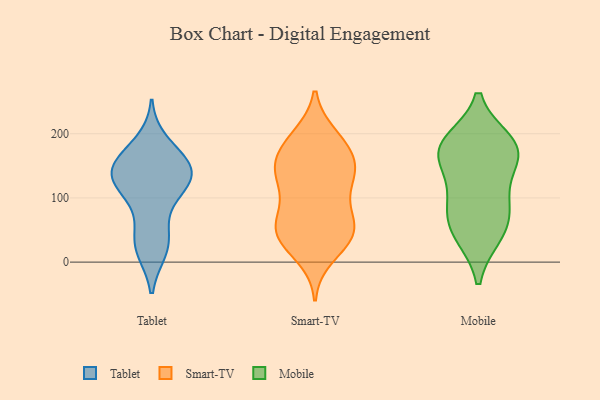
{"axis": {"x": "Humidity (%)", "y": "Value"}, "legend": ["Mobile", "Smart-TV", "Tablet"], "data": [{"x": "", "y": 20, "type": "Tablet"}, {"x": "", "y": 149, "type": "Tablet"}, {"x": "", "y": 54, "type": "Tablet"}, {"x": "", "y": 19, "type": "Tablet"}, {"x": "", "y": 186, "type": "Tablet"}, {"x": "", "y": 33, "type": "Tablet"}, {"x": "", "y": 114, "type": "Tablet"}, {"x": "", "y": 133, "type": "Tablet"}, {"x": "", "y": 147, "type": "Tablet"}, {"x": "", "y": 132, "type": "Tablet"}, {"x": "", "y": 103, "type": "Tablet"}, {"x": "", "y": 155, "type": "Tablet"}, {"x": "", "y": 121, "type": "Tablet"}, {"x": "", "y": 166, "type": "Tablet"}, {"x": "", "y": 139, "type": "Tablet"}, {"x": "", "y": 189, "type": "Smart-TV"}, {"x": "", "y": 187, "type": "Smart-TV"}, {"x": "", "y": 196, "type": "Smart-TV"}, {"x": "", "y": 35, "type": "Smart-TV"}, {"x": "", "y": 86, "type": "Smart-TV"}, {"x": "", "y": 45, "type": "Smart-TV"}, {"x": "", "y": 73, "type": "Smart-TV"}, {"x": "", "y": 150, "type": "Smart-TV"}, {"x": "", "y": 95, "type": "Smart-TV"}, {"x": "", "y": 42, "type": "Smart-TV"}, {"x": "", "y": 137, "type": "Smart-TV"}, {"x": "", "y": 175, "type": "Smart-TV"}, {"x": "", "y": 132, "type": "Smart-TV"}, {"x": "", "y": 144, "type": "Smart-TV"}, {"x": "", "y": 45, "type": "Smart-TV"}, {"x": "", "y": 46, "type": "Smart-TV"}, {"x": "", "y": 10, "type": "Smart-TV"}, {"x": "", "y": 50, "type": "Smart-TV"}, {"x": "", "y": 148, "type": "Smart-TV"}, {"x": "", "y": 135, "type": "Smart-TV"}, {"x": "", "y": 75, "type": "Mobile"}, {"x": "", "y": 43, "type": "Mobile"}, {"x": "", "y": 186, "type": "Mobile"}, {"x": "", "y": 178, "type": "Mobile"}, {"x": "", "y": 45, "type": "Mobile"}, {"x": "", "y": 170, "type": "Mobile"}, {"x": "", "y": 167, "type": "Mobile"}, {"x": "", "y": 113, "type": "Mobile"}, {"x": "", "y": 174, "type": "Mobile"}, {"x": "", "y": 88, "type": "Mobile"}]}